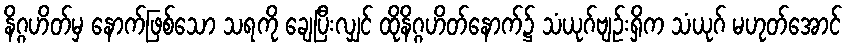
နိဂ္ဂဟိတ်မှ နောက်ဖြစ်သော သရကို ချေပြီးလျှင် ထိုနိဂ္ဂဟိတ်နောက်၌ သံယုဂ်ဗျဉ်းရှိက သံယုဂ် မဟုတ်အောင်